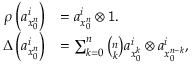
\begin{array} { r l } { \rho \left( a _ { x _ { 0 } ^ { n } } ^ { i } \right) } & { = a _ { x _ { 0 } ^ { n } } ^ { i } \otimes \mathsf { 1 } . } \\ { \Delta \left( a _ { x _ { 0 } ^ { n } } ^ { i } \right) } & { = \sum _ { k = 0 } ^ { n } \binom { n } { k } a _ { x _ { 0 } ^ { k } } ^ { i } \otimes a _ { x _ { 0 } ^ { n - k } } ^ { i } , } \end{array}